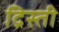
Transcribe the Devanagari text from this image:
द्रिस्ती